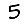
Digit: 5